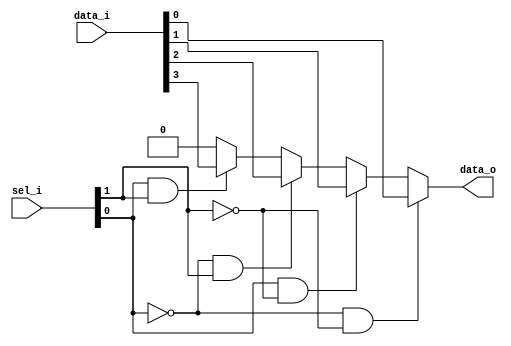
// This program was cloned from: https://github.com/NYU-MLDA/OpenABC
// License: BSD 3-Clause "New" or "Revised" License

module bsg_mux_width_p1_els_p4_harden_p1_balanced_p1
(
  data_i,
  sel_i,
  data_o
);

  input [3:0] data_i;
  input [1:0] sel_i;
  output [0:0] data_o;
  wire [0:0] data_o;
  wire N0,N1,N2,N3,N4,N5;
  assign data_o[0] = (N2)? data_i[0] : 
                     (N4)? data_i[1] : 
                     (N3)? data_i[2] : 
                     (N5)? data_i[3] : 1'b0;
  assign N0 = ~sel_i[0];
  assign N1 = ~sel_i[1];
  assign N2 = N0 & N1;
  assign N3 = N0 & sel_i[1];
  assign N4 = sel_i[0] & N1;
  assign N5 = sel_i[0] & sel_i[1];

endmodule